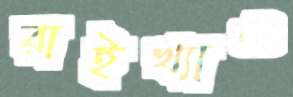
রাইখ্যাও